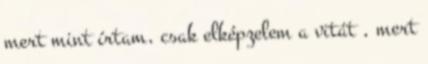
mert mint írtam, csak elképzelem a vitát , mert